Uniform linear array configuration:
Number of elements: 64
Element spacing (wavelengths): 1
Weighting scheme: cosine
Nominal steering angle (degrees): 15
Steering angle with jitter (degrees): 16.798
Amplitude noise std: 0.05
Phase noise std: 0.05

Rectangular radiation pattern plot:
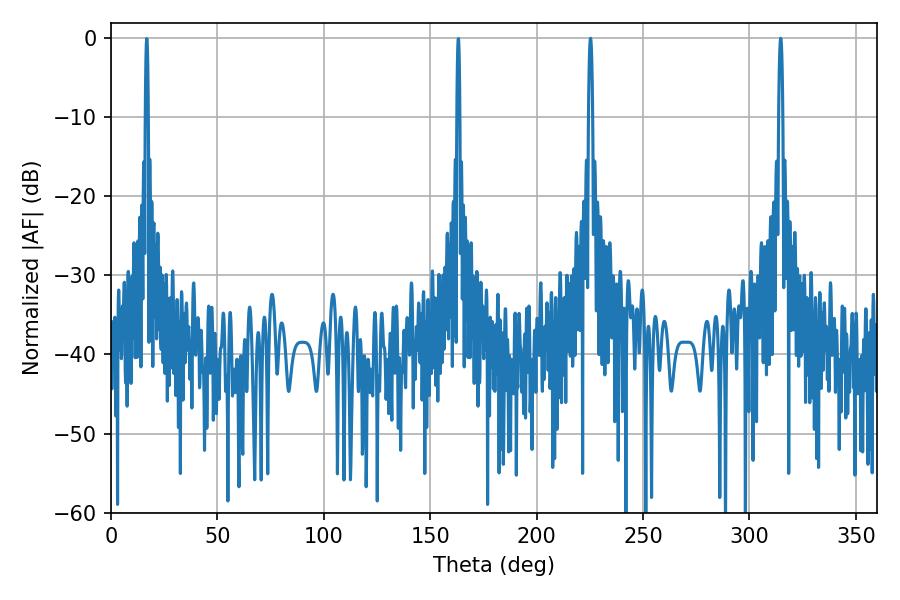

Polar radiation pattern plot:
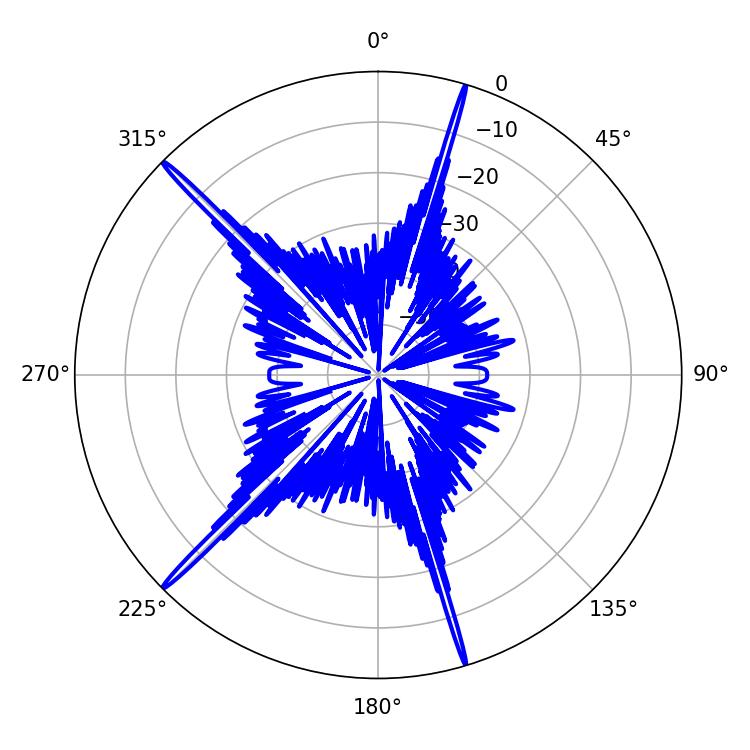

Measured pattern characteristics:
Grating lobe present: TRUE
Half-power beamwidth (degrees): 1.08
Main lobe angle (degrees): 225.36